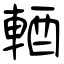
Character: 輏